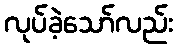
လုပ်ခဲ့သော်လည်း